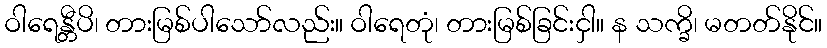
ဝါရေန္တီပိ၊ တားမြစ်ပါသော်လည်း။ ဝါရေတုံ၊ တားမြစ်ခြင်းငှါ။ န သက္ခိ၊ မတတ်နိုင်။